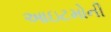
આઇટમોની